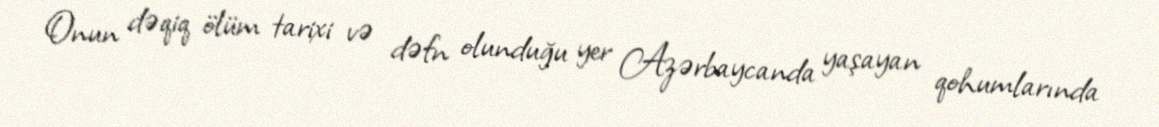
Onun dəqiq ölüm tarixi və dəfn olunduğu yer Azərbaycanda yaşayan qohumlarında